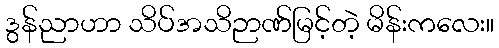
ဒွန်ညာဟာ သိပ်အသိဉာဏ်မြင့်တဲ့ မိန်းကလေး။